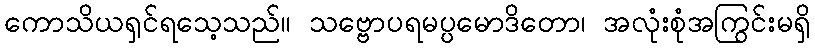
ကောသိယရှင်ရသေ့သည်။ သဗ္ဗောပရမပ္ပမောဒိတော၊ အလုံးစုံအကြွင်းမရှိ